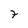
Character: 7